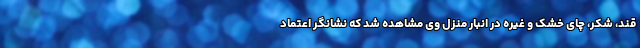
قند، شکر، چای خشک و غیره در انبار منزل وی مشاهده شد که نشانگر اعتماد